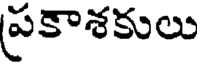
ప్రకాశకులు